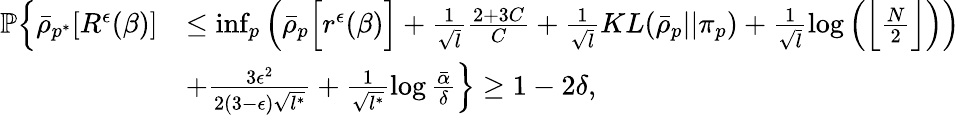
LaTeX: \begin{array}{rl}{\mathbb{P}\Big\{ \bar{\rho}_{p^{*}}[R^{\epsilon}(\beta)]}&{\leq\operatorname*{inf}_{p}\Big(\bar{\rho}_{p}\Big[r^{\epsilon}(\beta)\Big]+\frac{1}{\sqrt{l}}\frac{2+3C}{C}+\frac{1}{\sqrt{l}}KL(\bar{\rho}_{p}||\pi_{p})+\frac{1}{\sqrt{l}}\log\Big(\Big\lfloor\frac{N}{2}\Big\rfloor\Big)\Big)}\\ &{+\frac{3\epsilon^{2}}{2(3-\epsilon)\sqrt{l^{*}}}+\frac{1}{\sqrt{l^{*}}}\log\frac{\bar{\alpha}}{\delta}\Big\} \geq 1-2\delta,}\end{array}